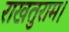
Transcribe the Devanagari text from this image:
राखतुराम।